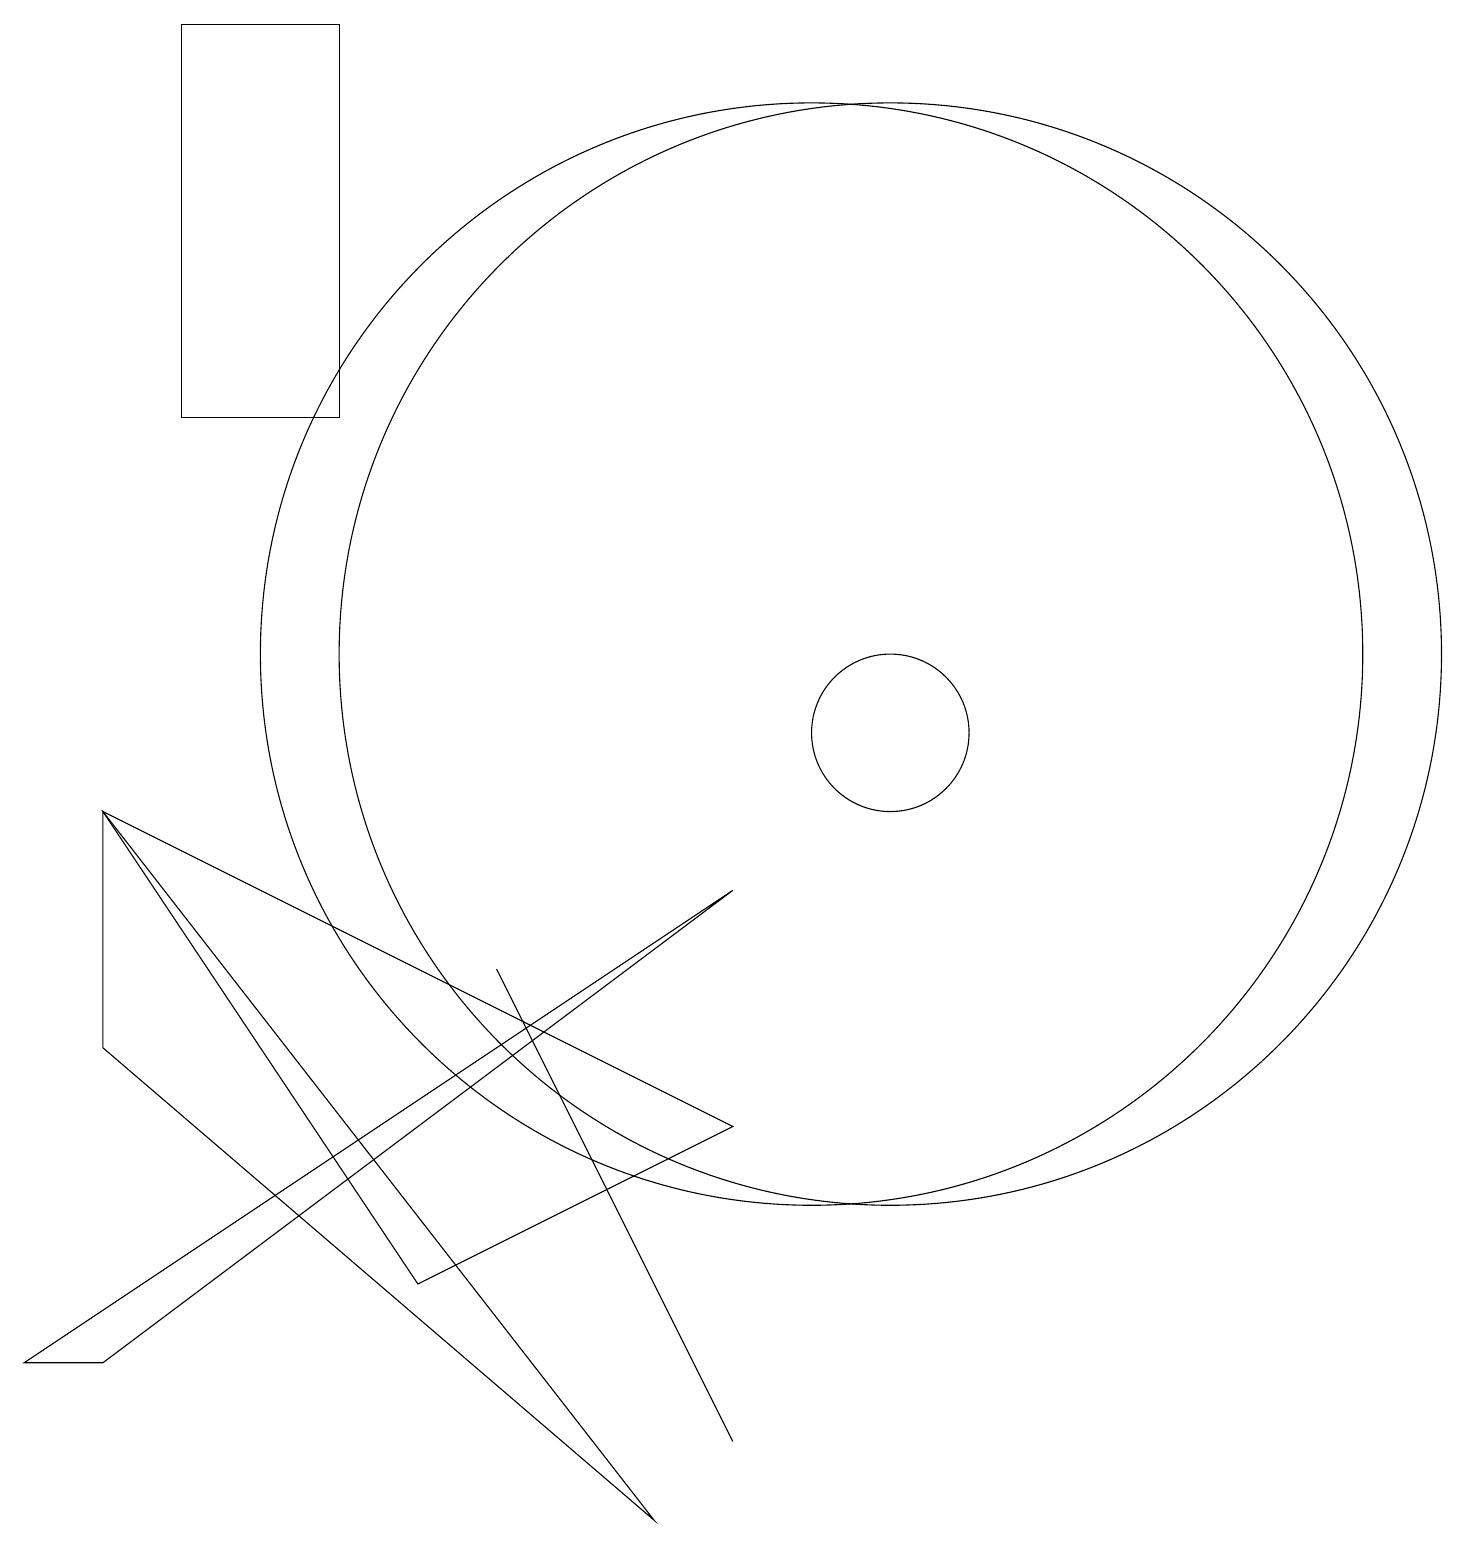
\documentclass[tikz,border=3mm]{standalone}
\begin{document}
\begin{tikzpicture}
\draw (11,11) circle (7);
\draw (11,10) circle (1);
\draw (1,9) -- (8,0) -- (1,6) -- cycle;
\draw (10,11) circle (7);
\draw (9,8) -- (1,2) -- (0,2) -- cycle;
\draw (9,1) -- (6,7) -- (6,7) -- cycle;
\draw (2,19) rectangle (4,14);
\draw (1,9) -- (9,5) -- (5,3) -- cycle;
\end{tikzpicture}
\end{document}